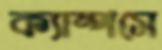
ক্যাম্পসে